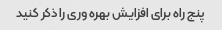
پنج راه برای افزایش بهره وری را ذکر کنید